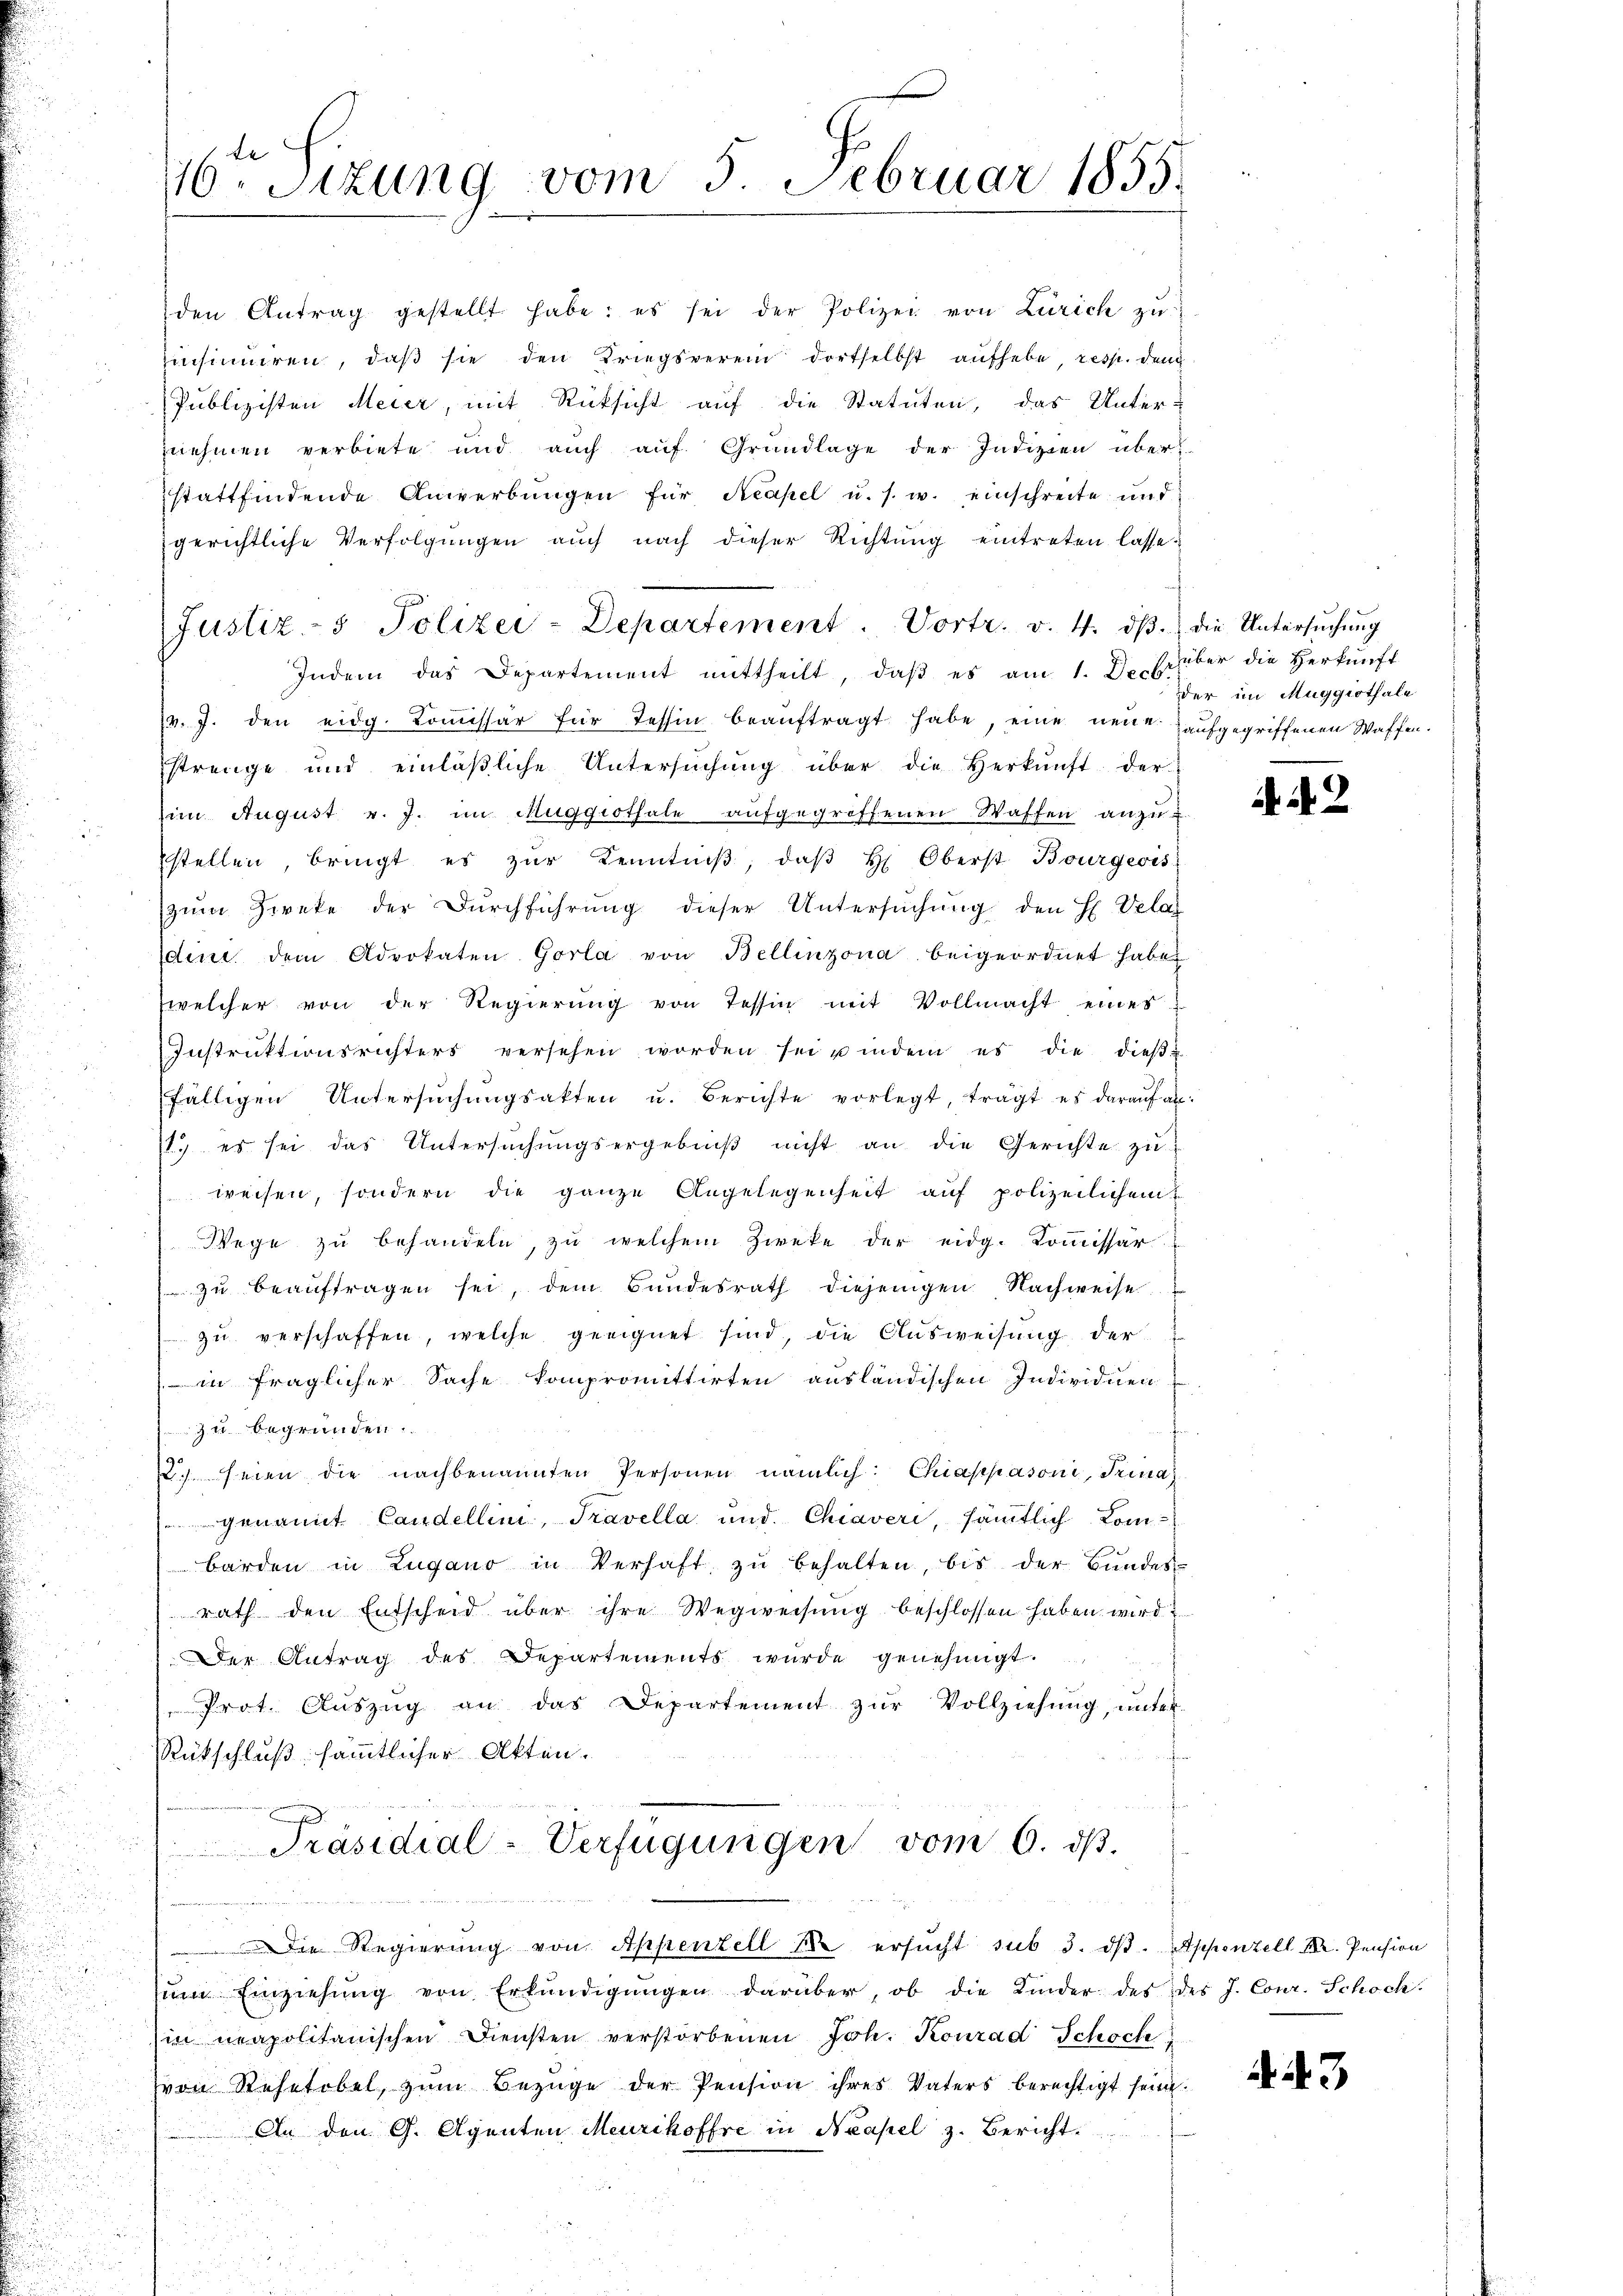
den Antrag gestellt habe: es sei der Polizei von Zürich zu
einsinuiren, daß sie den Kriegsverein dortselbst aufhebe, resp. den
Publizisten Meier, mit Rücksicht auf die Statuten, das Unter-
nehmen verbiete und auch auf Grundlage der Indizien über
stattfindende Anwerbŭngen für Neapel u. s. w. einschreite und
gerichtliche Verfolgŭngen auch nach dieser Richtung eintreten lasse
Indem das Departement mittheilt, daβ es am 1. Decbr.
v. J. den eidg. Comissär für Tessin beaŭftragt habe, eine neue aufgegriffenen Waffen.
strenge und einläβliche Untersŭchŭng über die Herkŭnft der
im August v. J. im Muggithale aŭfgegriffenen Waffen anzu-
stellen, bringt es zŭr Kenntniβ, daβ h. Oberst Bourgeois
zŭm Zweke der Dŭrchführŭng dieser Untersŭchŭng den H. Velas
din dem Advokaten Gorla von Bellinzona beigeordnet haben
welcher von der Regierŭng von Tessin mit Vollmacht eines
Instruktionsrichters versehen worden sei indem es die dieβ
fälligen Untersŭchŭngsakten u. Berichte vorlegt, trägt es darauf an:
1. es sei das Untersŭchŭngsergebniβ nicht an die Gerichte zu
weisen, sondern die ganze Angelegenheit auf polizeilichem
Wege zu behandeln, zu welchem Zweke der eidg. Kommissar
 zŭ beaŭftragen sei, dem Bundesrath diejenigen Nachweise
zŭ verschaffen, welche geeignet sind, die Aŭsweisung der
in fraglicher Sache kompromittirten ausländischen Individuen
zu begründen.
2. seien die nachbenannten Personen nämlich: Chiappasoni, Trina
genannt Candellini, Travella und Chiaveri, sämtlich Com-
barden in Zugano in Verhaft zŭ behalten, bis der Bŭndes-
rath den Entscheid über ihre Wegweisung beschlossen haben wird 2
Der Antrag des Departements wurde genehmigt.
Prot. Auszug an das Departement zur Vollziehung, unter
Rückschluß sämmtlicher Akten.
Präsidial-Verfügungen vom 6. dβ.
a
Die Regierŭng von Appenzell 10 ersŭcht sub 3. dβ. Appenzell I. Pension
ŭm Einziehŭng von Erkŭndigŭngen darüber, ob die Kinder des des J. Conr. Schoch.
in neapolitanischen Diensten verstorbenen Joh. Konrad Schoch
von Rosetobel, zŭm Bezüge der Pension ihres Vaters berechtigt sein.
An den G. Agenten Meurikoffre in Neapel z. Bericht.
.
u

116ten Sitzung vom 5. Februar 1855.

Justiz- & Polizei-Departement. Vortr. v. 4. dβ. die Untersŭchŭng

über die Herkunft
der im Muggithale

2

3